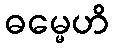
ဓမ္မေဟိ